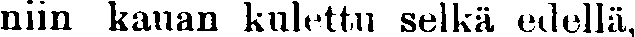
niin kauan kulettu selkä edellä,